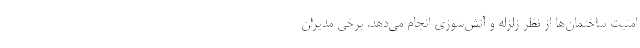
امنیت ساختمان‌ها از نظر زلزله و آتش‌سوزی انجام می‌دهد. برخی مدیران